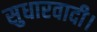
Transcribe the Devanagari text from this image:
सुधारवादी।